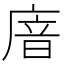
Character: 𢉩